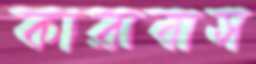
কারাবাস